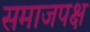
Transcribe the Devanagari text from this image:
समाजपक्ष